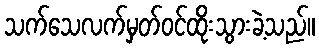
သက်သေလက်မှတ်ဝင်ထိုးသွားခဲ့သည်။